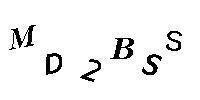
MD2BSS